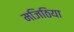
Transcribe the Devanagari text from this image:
मजिठिया